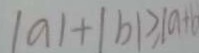
\vert a \vert + \vert b \vert > \vert a + b